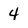
Character: 4